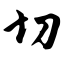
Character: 切